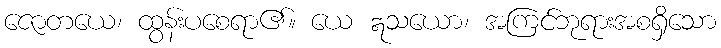
ဇောတယေ၊ ထွန်းပစေရာ၏။ ယေ ဣသယော၊ အကြင်ဘုရားအစရှိသော